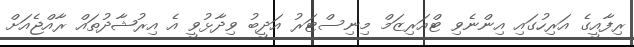
ރިފާއީގެ އަރިހުގައި އިންނެވި ޓްއަރިޒަމް މިނިސްޓަރު އަދީބު ވިދާޅުވީ އެ އިރުޝާދުތައް ރާއްޖެއަށް